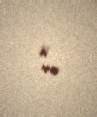
“..